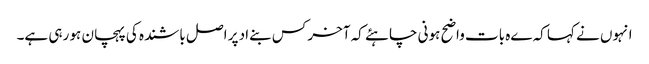
انہوں نے کہا کہ ےہ بات واضح ہونی چاہئے کہ آخر کس بنےاد پر اصل باشندہ کی پہچان ہو رہی ہے۔